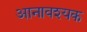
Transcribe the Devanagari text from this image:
आनावश्यक